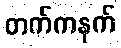
တက်ကနက်